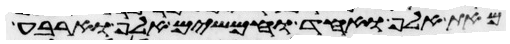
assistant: מאת אלף ואחד וחמשים אלף וארבע